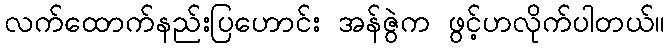
လက်ထောက်နည်းပြဟောင်း အန်ဇွဲက ဖွင့်ဟလိုက်ပါတယ်။